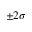
\pm 2 \sigma